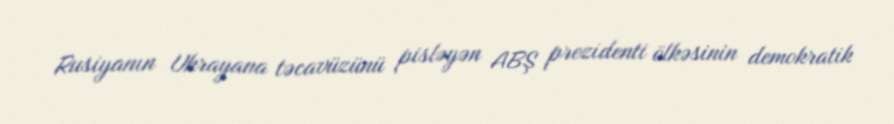
Rusiyanın Ukrayana təcavüzünü pisləyən ABŞ prezidenti ölkəsinin demokratik